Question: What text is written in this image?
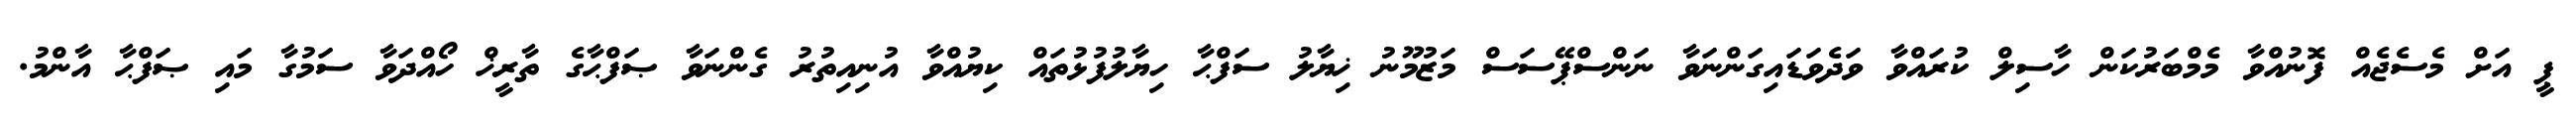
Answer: ޕީ އަށް މެސެޖެއް ފޮނުއްވާ މެމްބަރުކަން ހާސިލް ކުރައްވާ ވަދެވަޑައިގަންނަވާ ނަންސްޕޭސަސް މަޒުމޫނު ޚިޔާލު ސަފްޙާ ހިޔާލުފުޅުތައް ކިޔުއްވާ އުނިއިތުރު ގެންނަވާ ޞަފްޙާގެ ތާރީޚް ހޯއްދަވާ ސަމުގާ މައި ޞަފްޙާ އާންމު.